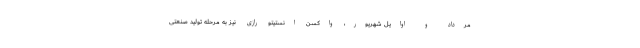
مرداد و اوایل شهریور، واکسن انستیتو رازی نیز به مرحله تولید صنعتی